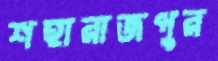
শহারাজপুর